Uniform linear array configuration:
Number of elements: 4
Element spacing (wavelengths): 0.75
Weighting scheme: blackman
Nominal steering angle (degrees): -15
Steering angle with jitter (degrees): -13.645
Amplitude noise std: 0.05
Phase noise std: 0.05

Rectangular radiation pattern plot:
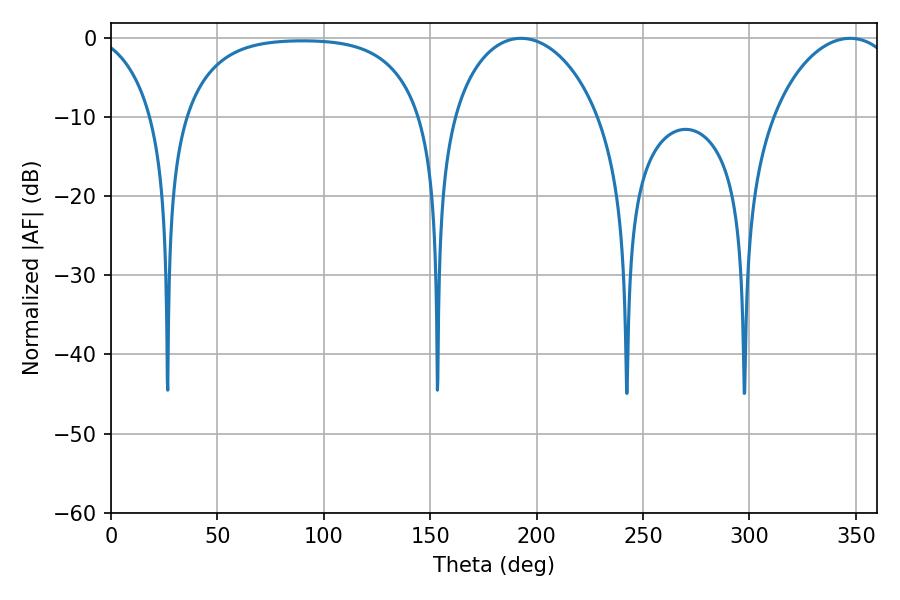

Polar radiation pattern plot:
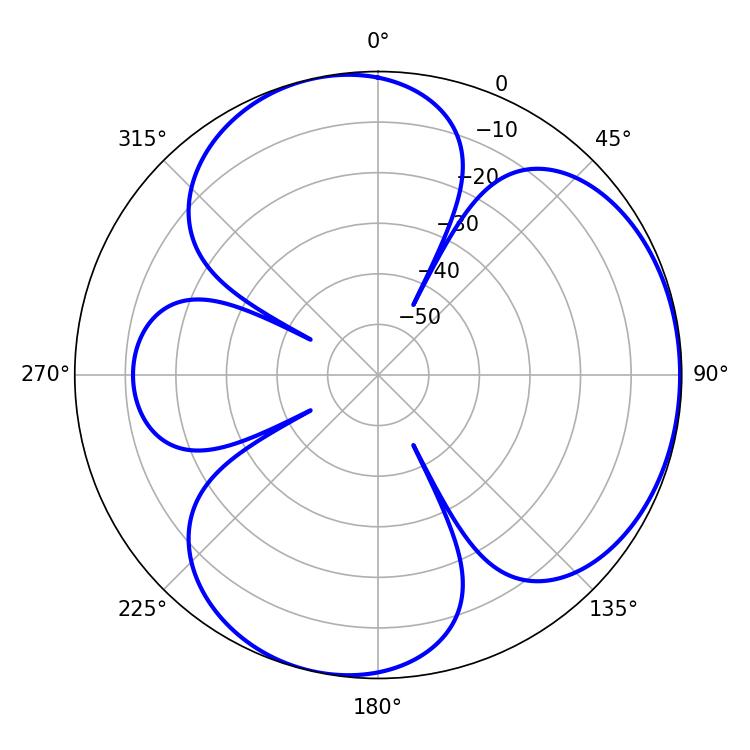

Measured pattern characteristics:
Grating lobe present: TRUE
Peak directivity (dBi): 4.201
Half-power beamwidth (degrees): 39.96
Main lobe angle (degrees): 192.6